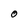
Character: 0